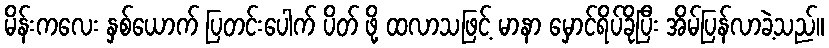
မိန်းကလေး နှစ်ယောက် ပြတင်းပေါက် ပိတ် ဖို့ ထလာသဖြင့် မာနာ မှောင်ရိပ်ခိုပြီး အိမ်ပြန်လာခဲ့သည်။